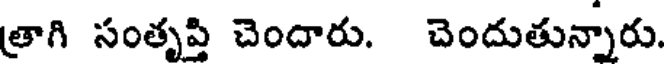
త్రాగి సంతృప్తి చెందారు. చెందుతున్నారు.